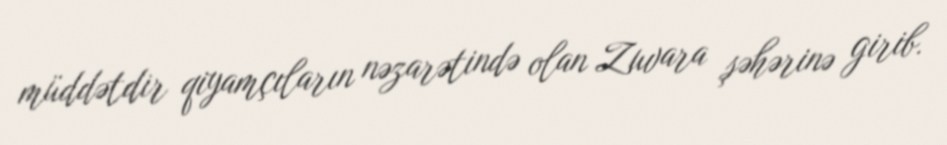
müddətdir qiyamçıların nəzarətində olan Zuvara şəhərinə girib.